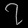
Digit: ၇